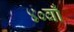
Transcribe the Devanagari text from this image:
४०वाँ